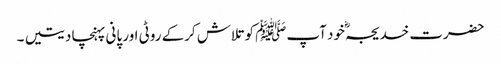
حضرت خدیجہؓ خود آپﷺ کوتلاش کرکے روٹی اور پانی پہنچا دیتیں ۔